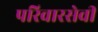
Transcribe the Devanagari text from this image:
परिवारसेवी